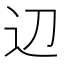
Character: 辺